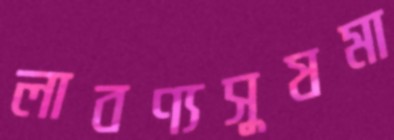
লাবণ্যসুষমা